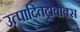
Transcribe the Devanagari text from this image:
उत्पादितट्रोवाक्स